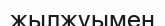
жылжуымен